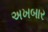
અખબાર